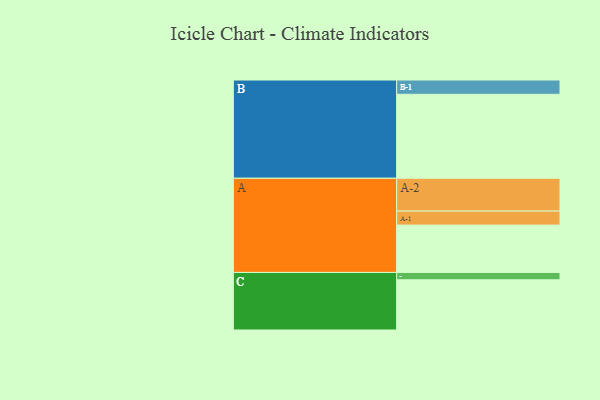
{"axis": {"x": "Segment", "y": "Value"}, "legend": ["", "A", "B", "C"], "data": [{"x": "A", "y": 335, "type": ""}, {"x": "B", "y": 594, "type": ""}, {"x": "C", "y": 355, "type": ""}, {"x": "A-1", "y": 99, "type": "A"}, {"x": "A-2", "y": 232, "type": "A"}, {"x": "B-1", "y": 101, "type": "B"}, {"x": "C-1", "y": 52, "type": "C"}]}